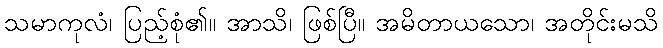
သမာကုလံ၊ ပြည့်စုံ၏။ အာသိ၊ ဖြစ်ပြီ။ အမိတာယသော၊ အတိုင်းမသိ